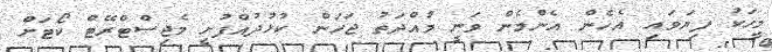
މީހަކު ފިޔަވައި އެހެން އެންމެން ވަނީ މުއްދަތު ޖަހަން ކުޅުދުއްފުށީ މެޖިސްޓްރޭޓް ކޯޓަށް